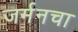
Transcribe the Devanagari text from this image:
जर्मनचा